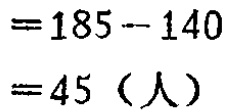
\[
\begin{align*}
&=185 - 140\\
&= 45 \text{（人）}
\end{align*}
\]